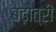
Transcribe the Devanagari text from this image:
बढ़ौत्री